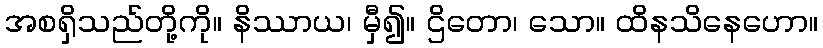
အစရှိသည်တို့ကို။ နိဿာယ၊ မှီ၍။ ဌိတော၊ သော။ ထိနသိနေဟော။